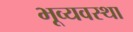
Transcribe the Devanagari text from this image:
भूव्यवस्था